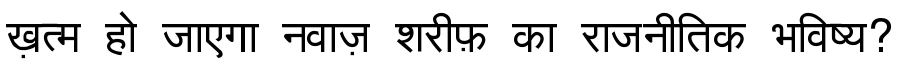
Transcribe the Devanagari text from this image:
ख़त्म हो जाएगा नवाज़ शरीफ़ का राजनीतिक भविष्य?